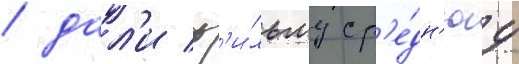
/ дал'и ф'и́льму ср'е́дн'юу